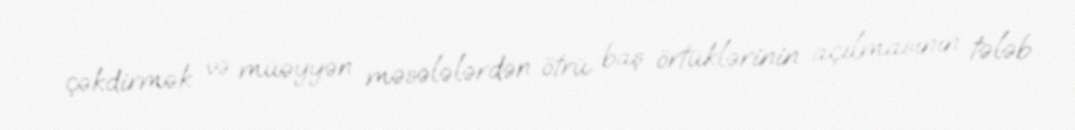
çəkdirmək və müəyyən məsələlərdən ötrü baş örtüklərinin açılmasının tələb